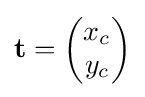
\mathbf {t} ={\begin{pmatrix}x_{c}\\y_{c}\end{pmatrix}}